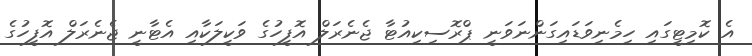
އެ ކޮމިޓީގައި ހިމެނިވަޑައިގަންނަވަނީ ޕްރޮސިކިއުޓާ ޖެނެރަލް އޮފީހުގެ ވަކީލަކާއި އެޓާނީ ޖެނެރަލް އޮފީހުގެ